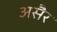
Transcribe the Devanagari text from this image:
असैर